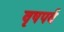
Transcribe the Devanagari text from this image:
वृषपर्व